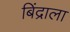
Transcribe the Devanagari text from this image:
बिंद्राला